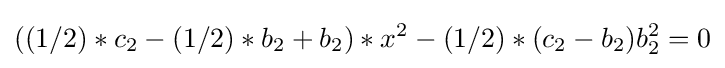
((1/2)*c_{2}-(1/2)*b_{2}+b_{2})*x^{2}-(1/2)*(c_{2}-b_{2})b_{2}^{2}=0